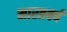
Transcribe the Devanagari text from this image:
मारतवर्ष